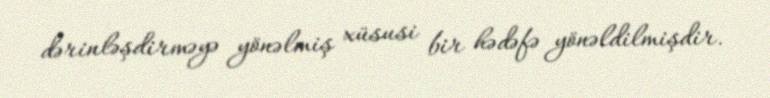
dərinləşdirməyə yönəlmiş xüsusi bir hədəfə yönəldilmişdir.